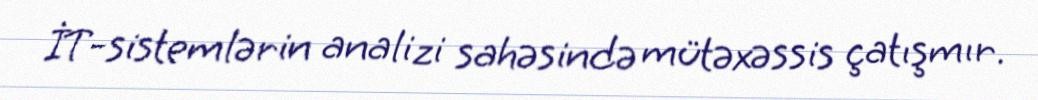
İT-sistemlərin analizi sahəsində mütəxəssis çatışmır.